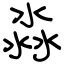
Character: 淼